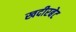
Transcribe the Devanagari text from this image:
खदीरबेट